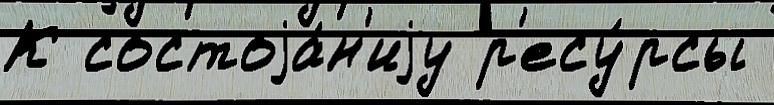
К состоjа́н'иjу р'есу́рсы